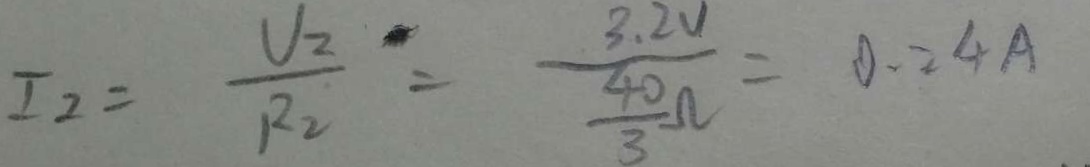
I _ { 2 } = \frac { U _ { 2 } } { R _ { 2 } } = \frac { 3 . 2 V } { \frac { 4 0 } { 3 } \Omega } = 0 . 2 4 A